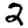
Digit: 2